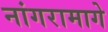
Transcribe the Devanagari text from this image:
नांगरामागे